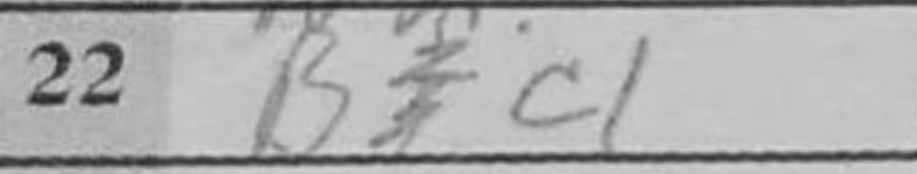
Transcription: Bc1